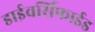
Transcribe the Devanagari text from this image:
डाईवर्सिफाईड